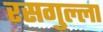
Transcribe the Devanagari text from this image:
रसगुल्‍ला